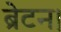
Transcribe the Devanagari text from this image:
ब्रेटन।